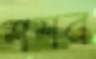
শশব